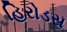
હિરોડસ